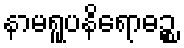
နာမရူပနိရောဓဉ္စ